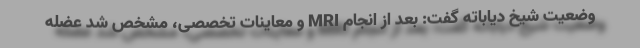
وضعیت شیخ دیاباته گفت: بعد از انجام MRI و معاینات تخصصی، مشخص شد عضله